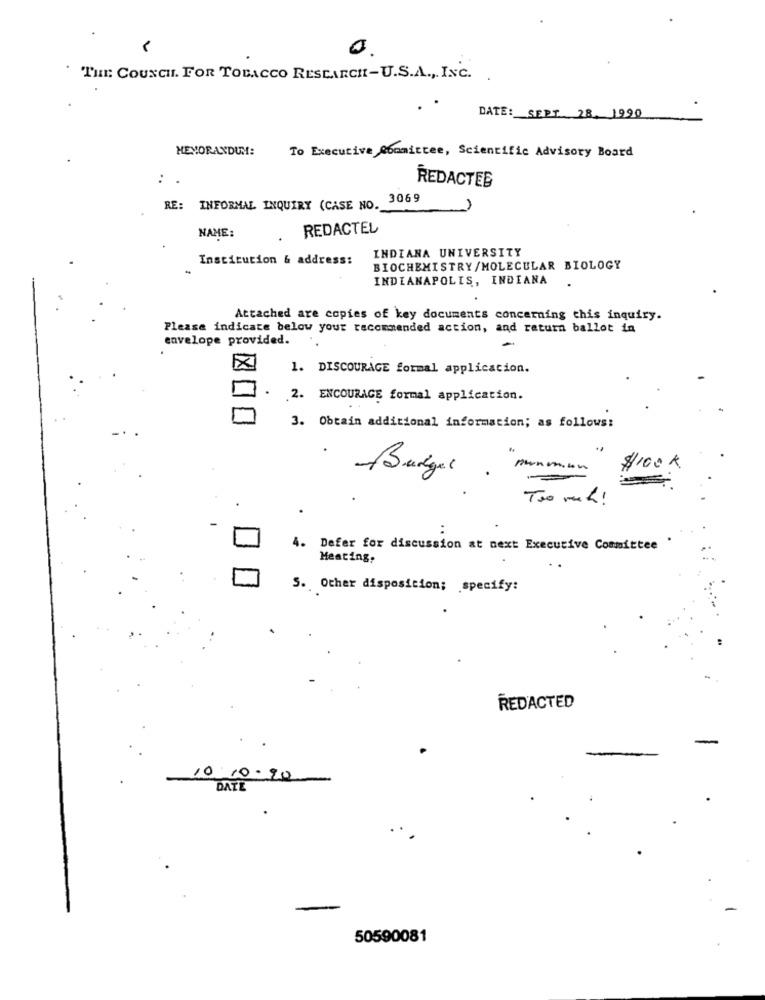
0.
THE: COUNCIL. FOR TOBACCO RESEARCH-U.S.A ., INC. .
DATE: SEPT 28, 1990
MEMORANDUM:
To Executive Committee, Scientific Advisory Board
REDACTED
RE: INFORMAL INQUIRY (CASE NO. 3069
REDACTEL
NAME:
INDIANA UNIVERSITY
Institution & address:
BIOCHEMISTRY/MOLECULAR BIOLOGY
INDIANAPOLIS, INDIANA
Attached are copies of key documents concerning this inquiry.
Please indicate below your recommended action, and return ballot in
envelope provided.
X
1. DISCOURAGE formal application.
2. ENCOURAGE formal application.
3. Obtain additional information; as follows:
panmun
$100K
Burger
Too much !
4. Defer for discussion at next Executive Committee
Heating,
S. Other disposition; specify:
REDACTED
10.10-20
DATE
50590081